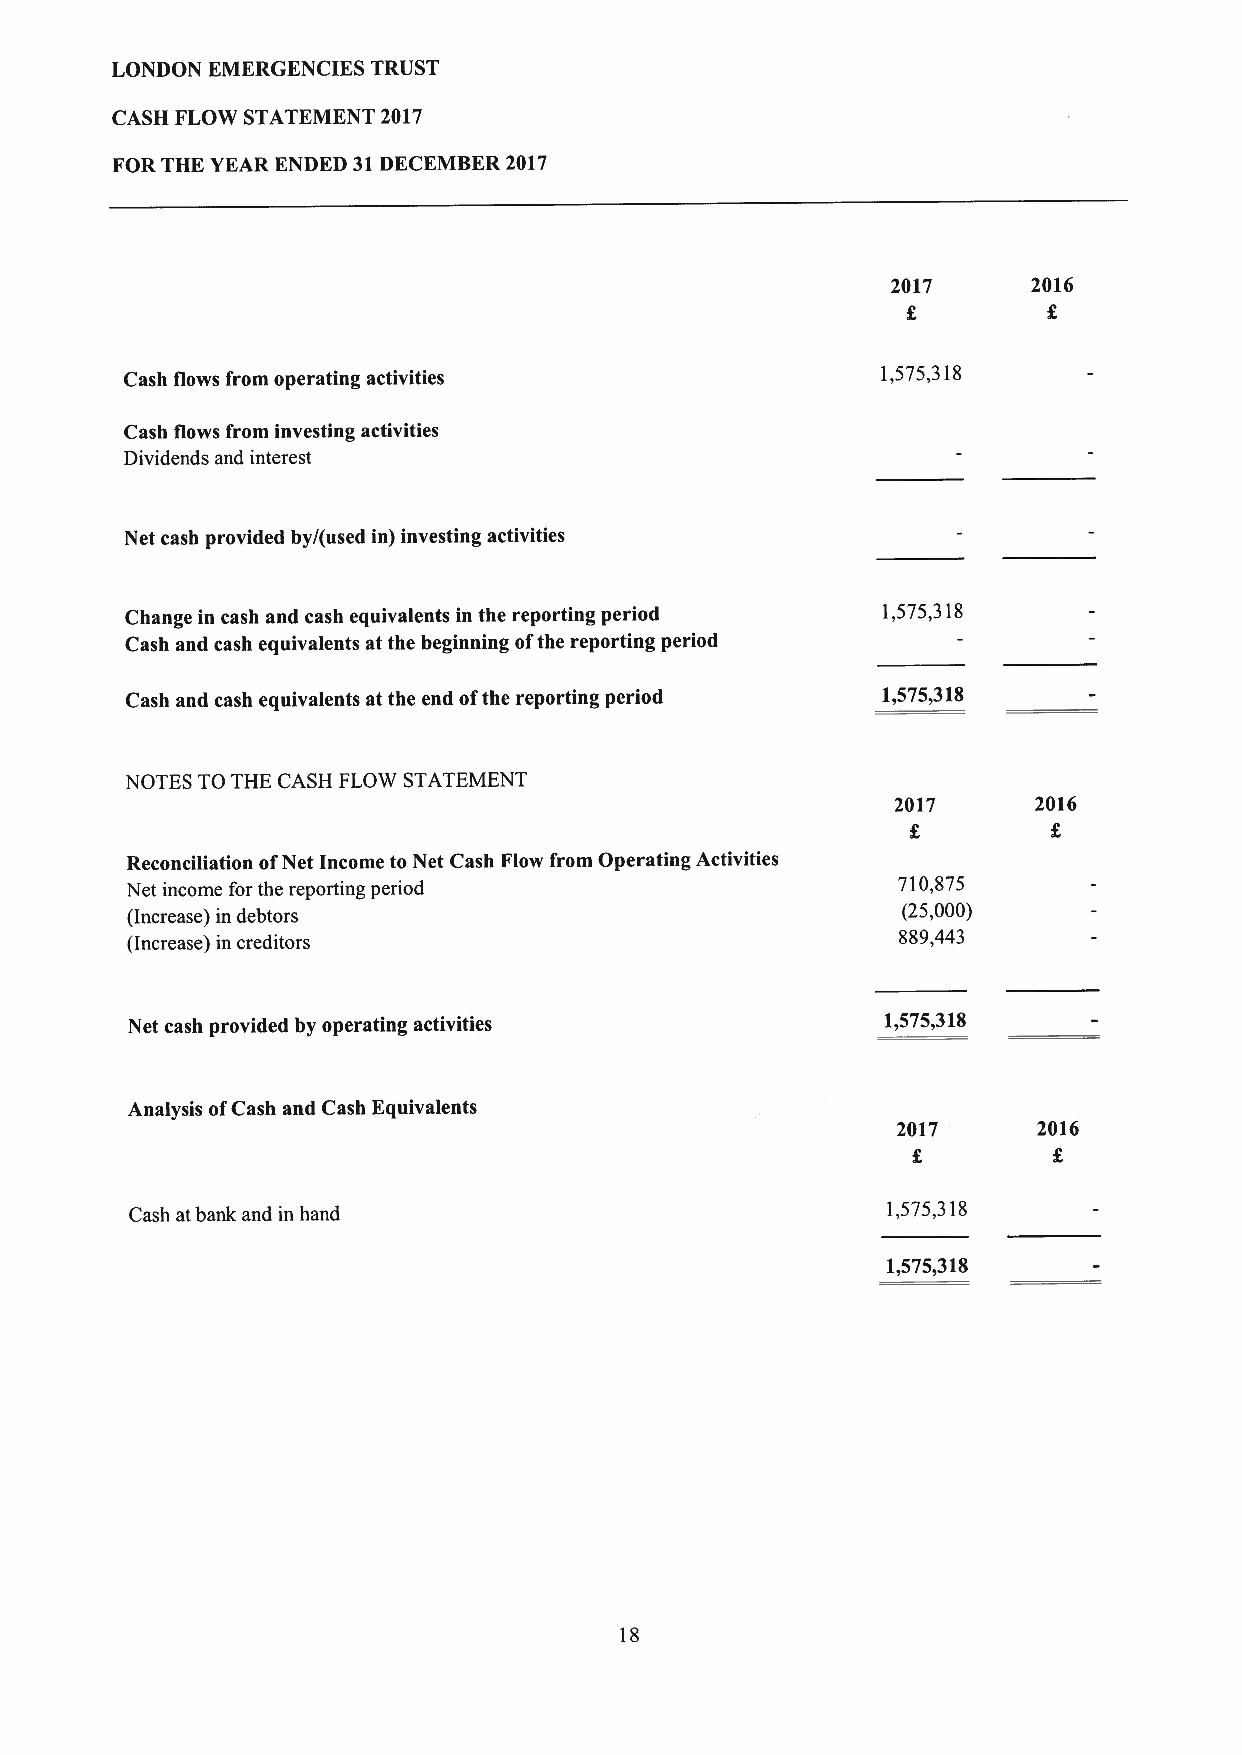
LONDON EMERGENCIES TRUST
 CASH FLOW STATEMENT 2017
 FOR THE YEAR ENDED 31DECEMBER 2017
 2017     2016
 Cash flows from operating activities              1,575,318
 Cash flows from investing activities
 Dividends and interest
 Net cash provided by/(used in) investing activities
 Change in cash and cash equivalents in the reporting period 1,575,318
 Cash and cash equivalents at the beginning ofthe reporting period
 Cash and cash equivalents at the end ofthe reporting period 1,575,318
 NOTES TO THE CASH FLOW STATEMENT
 2017      2016
 Reconciliation ofNet Income to Net Cash Flow from Operating Activities
 Net income for the reporting period                710,875
 (Increase) in debtors
 (25,000)
 (Increase) in creditors                            889,443
 Net cash provided by operating activities          1,575,318
 Analysis ofCash and Cash Equivalents
 2017      2016
 Cash atbank and in hand
 1,575,318
 1,575,318
 18